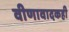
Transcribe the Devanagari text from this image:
वीणावादकही